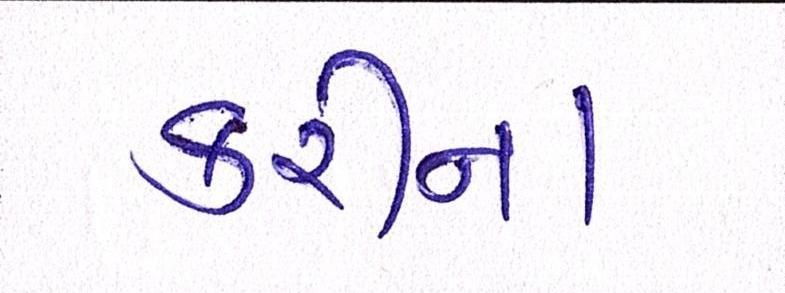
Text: કરીના